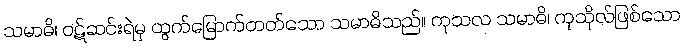
သမာဓိ၊ ဝဋ်ဆင်းရဲမှ ထွက်မြောက်တတ်သော သမာဓိသည်။ ကုသလ သမာဓိ၊ ကုသိုလ်ဖြစ်သော